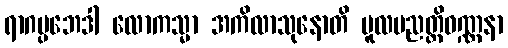
ရာဂပ္ပဘေဒါ လောကသ္မာ အကိလာသုနောတိ မူလပညတ္တိဝဏ္ဏနာ